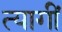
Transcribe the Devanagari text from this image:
त्यागीं